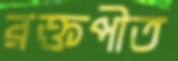
রক্তপীত